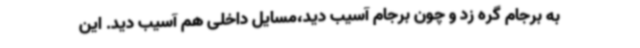
به برجام گره زد و چون برجام آسیب دید،مسایل داخلی هم آسیب دید. این